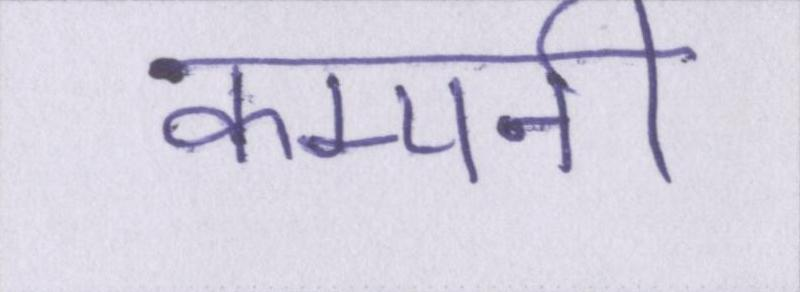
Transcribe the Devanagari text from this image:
कम्पनी